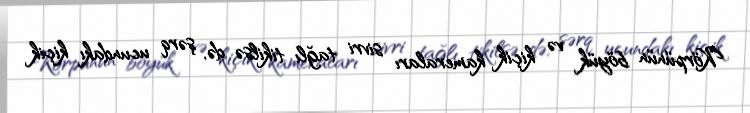
Körpünün böyük və kiçik kameraları sivri tağlı tikilsə də, şərq ucundakı kiçik